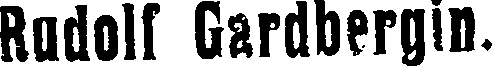
Rudolf Gardbergin.